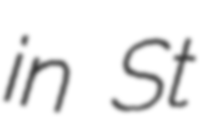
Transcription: in St